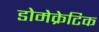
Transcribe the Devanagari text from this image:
डोमेक्रेटिक